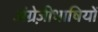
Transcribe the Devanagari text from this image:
अंग्रेज़ीभाषियों